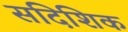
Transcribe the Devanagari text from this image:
सदिशिक